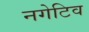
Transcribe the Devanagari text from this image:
नगेटिव